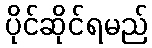
ပိုင်ဆိုင်ရမည်